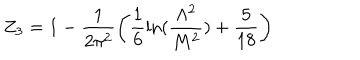
Z _ { 3 } = 1 - \frac { 1 } { 2 \pi ^ { 2 } } \left( \frac { 1 } { 6 } \ln ( \frac { \Lambda ^ { 2 } } { M ^ { 2 } } ) + \frac { 5 } { 1 8 } \right)